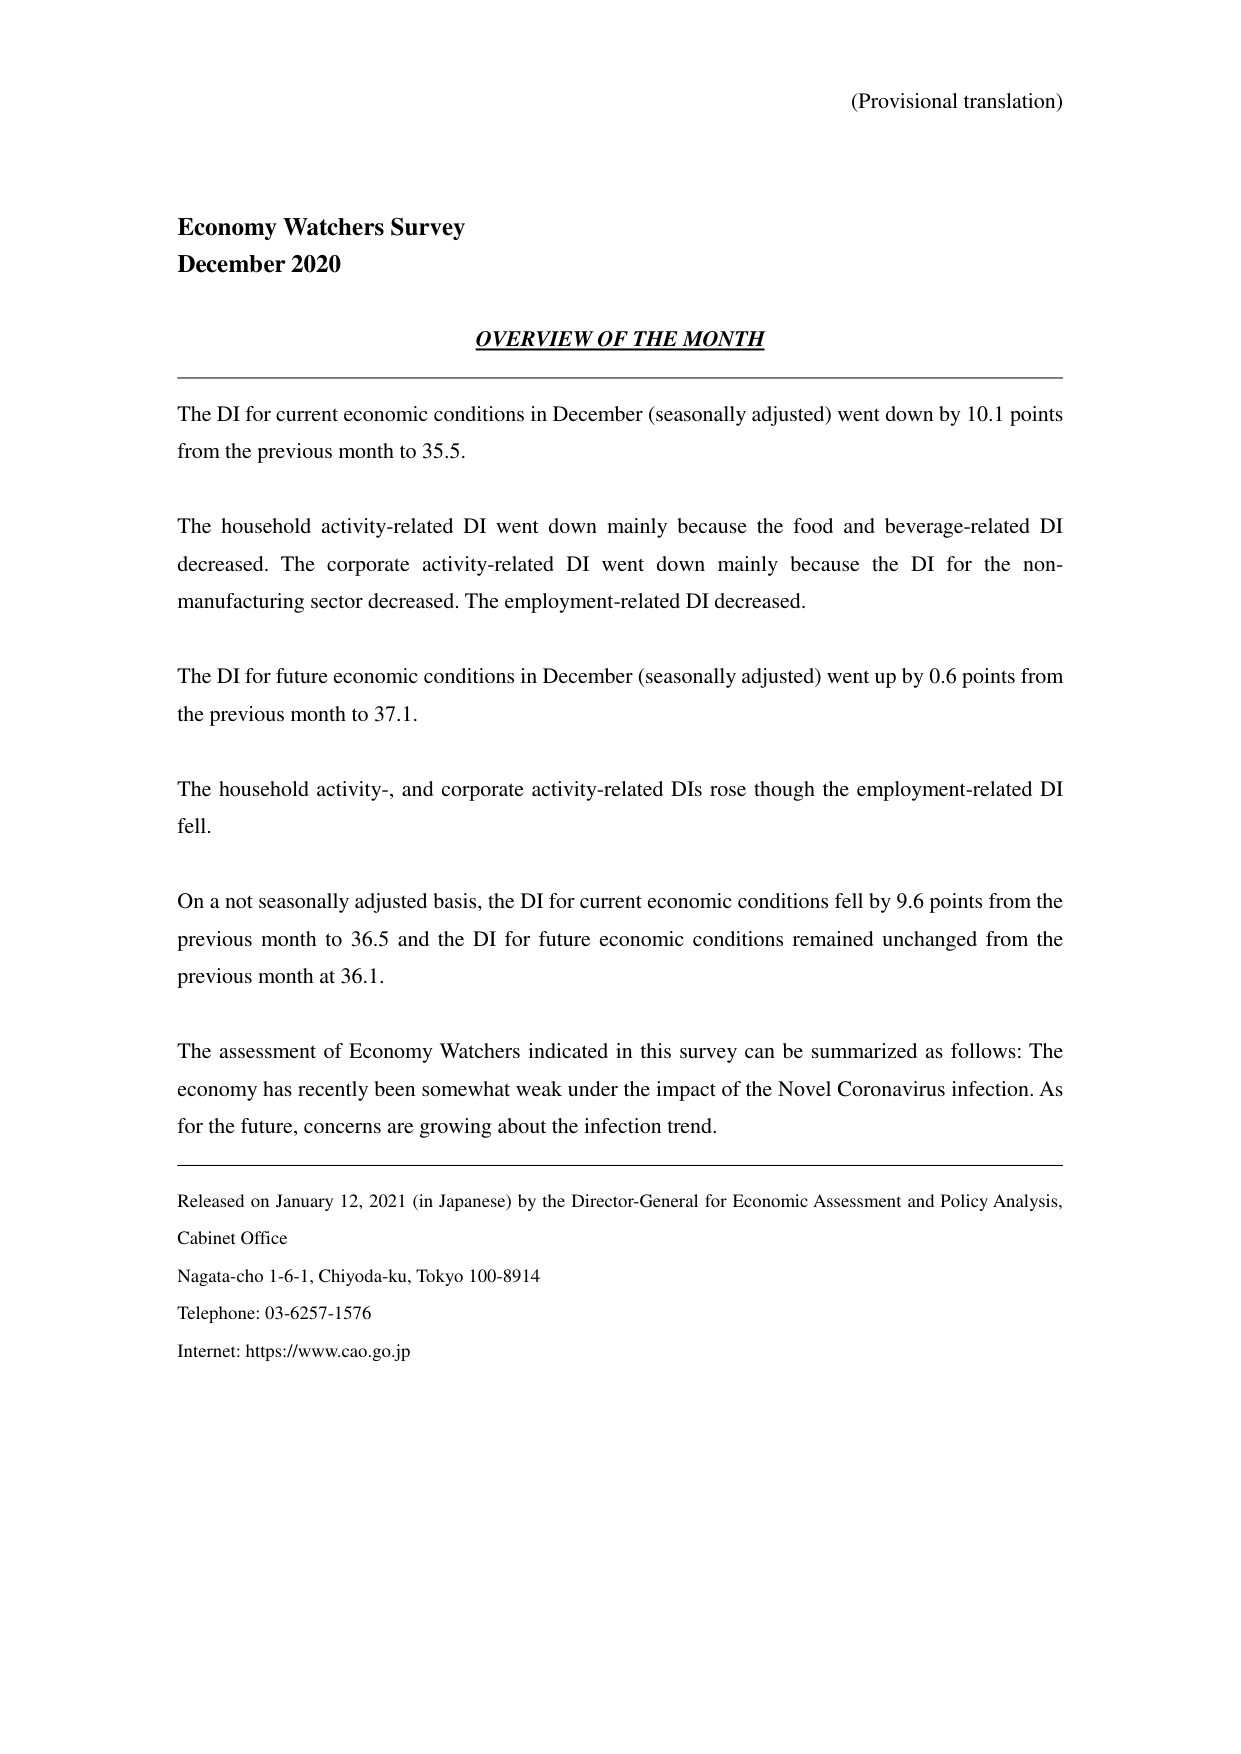
(Provisional translation)

Economy Watchers Survey
December 2020

OVERVIEW OF THE MONTH

The DI for current economic conditions in December (seasonally adjusted) went down by 10.1 points from the previous month to 35.5.

The household activity-related DI went down mainly because the food and beverage-related DI decreased. The corporate activity-related DI went down mainly because the DI for the non-manufacturing sector decreased. The employment-related DI decreased.

The DI for future economic conditions in December (seasonally adjusted) went up by 0.6 points from the previous month to 37.1.

The household activity-, and corporate activity-related DIs rose though the employment-related DI fell.

On a not seasonally adjusted basis, the DI for current economic conditions fell by 9.6 points from the previous month to 36.5 and the DI for future economic conditions remained unchanged from the previous month at 36.1.

The assessment of Economy Watchers indicated in this survey can be summarized as follows: The economy has recently been somewhat weak under the impact of the Novel Coronavirus infection. As for the future, concerns are growing about the infection trend.

Released on January 12, 2021 (in Japanese) by the Director-General for Economic Assessment and Policy Analysis, Cabinet Office
Nagata-cho 1-6-1, Chiyoda-ku, Tokyo 100-8914
Telephone: 03-6257-1576
Internet: https://www.cao.go.jp